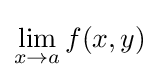
\lim _{x\to a}f(x,y)